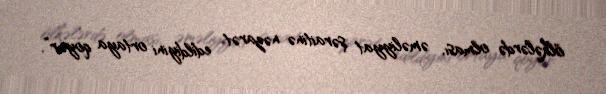
ölkələrdə olması, əməliyyat şəraitinə nəzarət edildiyini ortaya qoyur”.